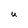
Character: U